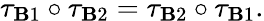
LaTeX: \tau_{\mathbf{B}1}\circ\tau_{\mathbf{B}2}=\tau_{\mathbf{B}2}\circ\tau_{\mathbf{B}1}.